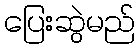
ပြေးဆွဲမည်